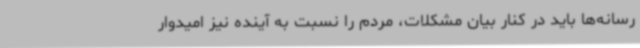
رسانه‌ها باید در کنار بیان مشکلات، مردم را نسبت به آینده نیز امیدوار